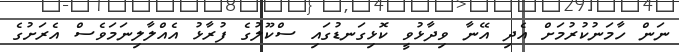
ނަން ހާމަނުކުރުމަށް އެދި އޭނާ ވިދާޅުވީ ކޮޅިގަނޑުގައި ސްކޫލުގެ ފުރާޅު އެއްލާލިނަމަވެސް އެރަށުގެ